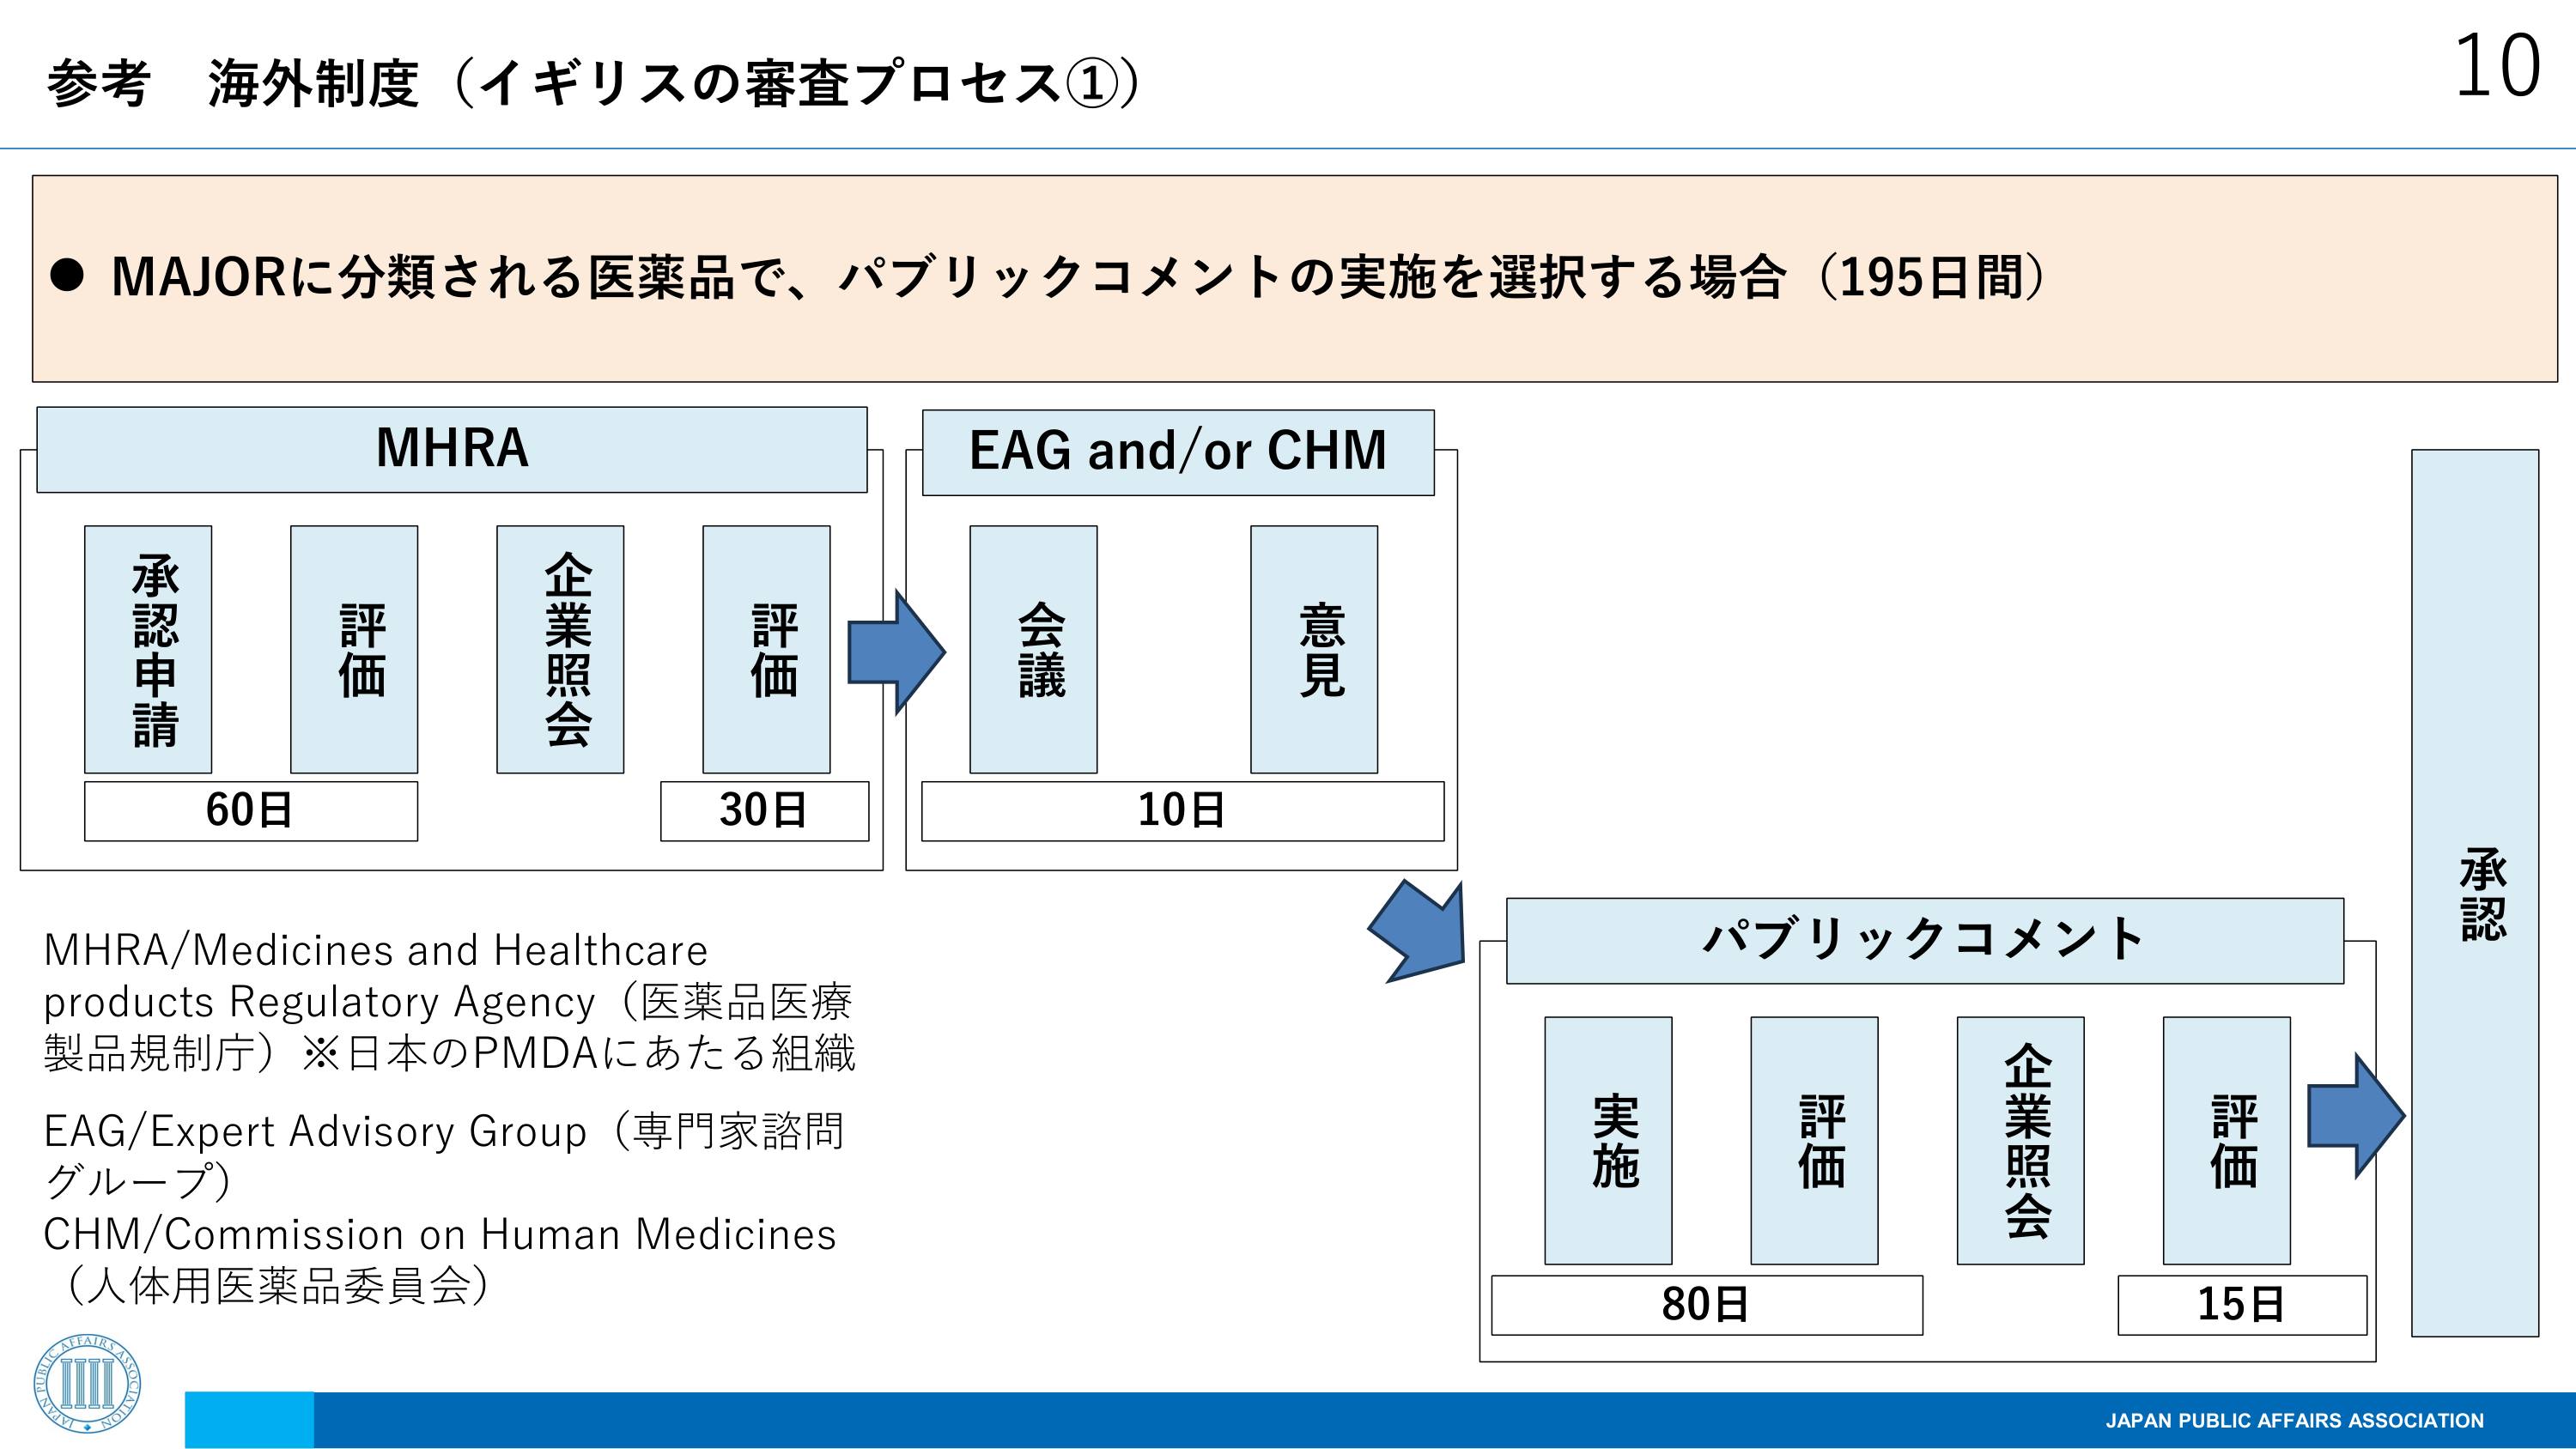
参考 海外制度（イギリスの審査プロセス①）

● MAJORに分類される医薬品で、パブリックコメントの実施を選択する場合（195日間）

MHRA
承認申請
評価
企業照会
評価
60日
30日

EAG and/or CHM
会議
意見
10日

パブリックコメント
実施
評価
企業照会
評価
80日
15日

承認

MHRA/Medicines and Healthcare products Regulatory Agency（医薬品医療製品規制庁）※日本のPMDAにあたる組織
EAG/Expert Advisory Group（専門家諮問グループ）
CHM/Commission on Human Medicines（人体用医薬品委員会）

JAPAN PUBLIC AFFAIRS ASSOCIATION
10